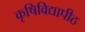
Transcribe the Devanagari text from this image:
कृषिविद्यापीठ